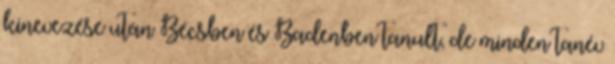
kinevezése után Bécsben és Badenben tanult, de minden tanév